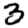
Digit: 3